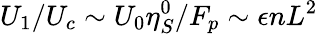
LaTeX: U_{1}/U_{c}\sim U_{0}\eta_{S}^{0}/F_{p}\sim\epsilon nL^{2}